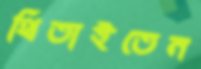
থিতাইতেন